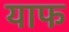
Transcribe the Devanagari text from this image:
याफ